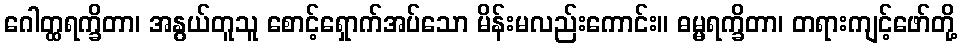
ဂေါတ္ထရက္ခိတာ၊ အနွယ်တူသူ စောင့်ရှောက်အပ်သော မိန်းမလည်းကောင်း။ ဓမ္မရက္ခိတာ၊ တရားကျင့်ဖော်တို့